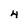
Character: 4